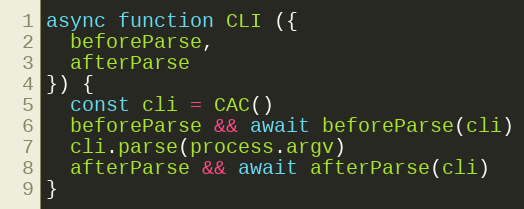
Language: JavaScript
async function CLI ({
  beforeParse,
  afterParse
}) {
  const cli = CAC()
  beforeParse && await beforeParse(cli)
  cli.parse(process.argv)
  afterParse && await afterParse(cli)
}